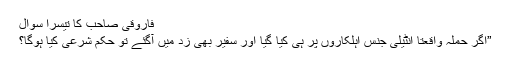
فاروقی صاحب کا تیسرا سوال
”اگر حملہ واقعتا انٹیلی جنس اہلکاروں پر ہی کیا گیا اور سفیر بھی زد میں آگئے تو حکم شرعی کیا ہوگا؟